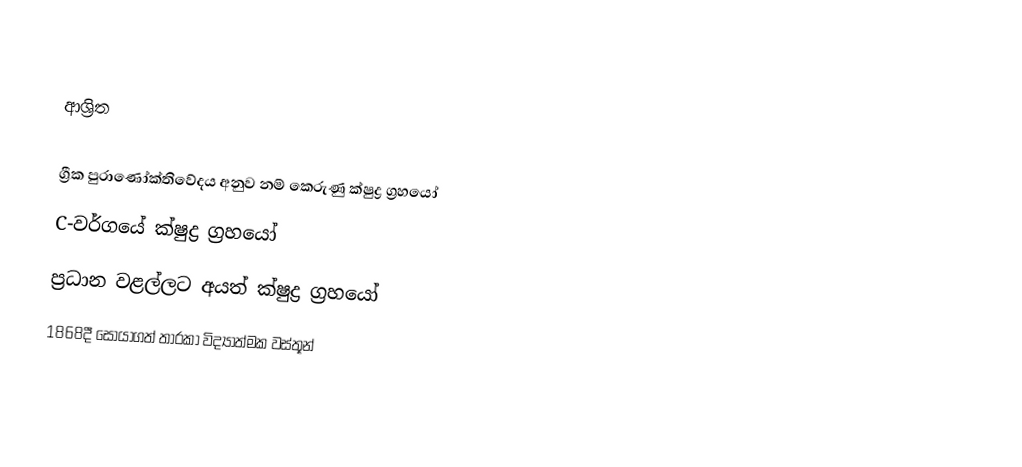

ආශ්‍රිත

ග්‍රීක පුරාණෝක්තිවේදය අනුව නම් කෙරුණු ක්ෂුද්‍ර ග්‍රහයෝ
C-වර්ගයේ ක්ෂුද්‍ර ග්‍රහයෝ
ප්‍රධාන වළල්ලට අයත් ක්ෂුද්‍ර ග්‍රහයෝ
1868දී සොයාගත් තාරකා විද්‍යාත්මක වස්තූන්